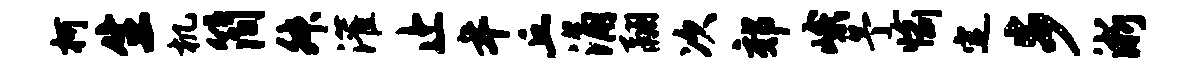
柯生机简舛灌止年丘涌翮次郊峨予愉定步淅